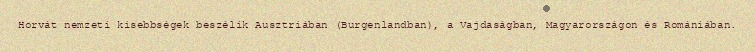
Horvát nemzeti kisebbségek beszélik Ausztriában (Burgenlandban), a Vajdaságban, Magyarországon és Romániában.